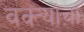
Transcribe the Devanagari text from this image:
वक्त्यांचा